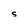
Character: S